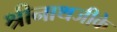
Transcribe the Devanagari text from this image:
श्रीनाथजीके